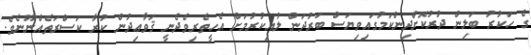
ގެ ހަކުރު ބަލިން ދުރުކޮށްދިންކަމުގައިވިޔަސް ބަރުދަން ލުއިކުރުމަށް އެހީތެރިވެދެނީ ޤަވާޢިދުން ކުރާ ކަސްރަތެއްނޫނެވެ.